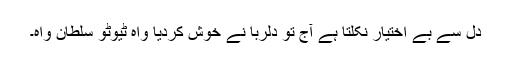
دل سے بے اختیار نکلتا ہے آج تو دلربا نے خوش کردیا واہ ٹیوٹو سلطان واہ۔